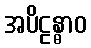
အပိဠန္ဓာဝ